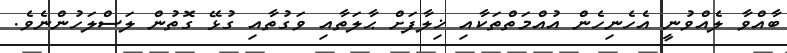
ބާއްވާ ލެއްވުނީ އެހެނިހެން އުއްމަތްތަކާއި ޚިލާފަށް ޙާލަތާއި ވަގުތާއި ގުޅޭ ގޮތުން ލަސްލަހުންނެވެ.